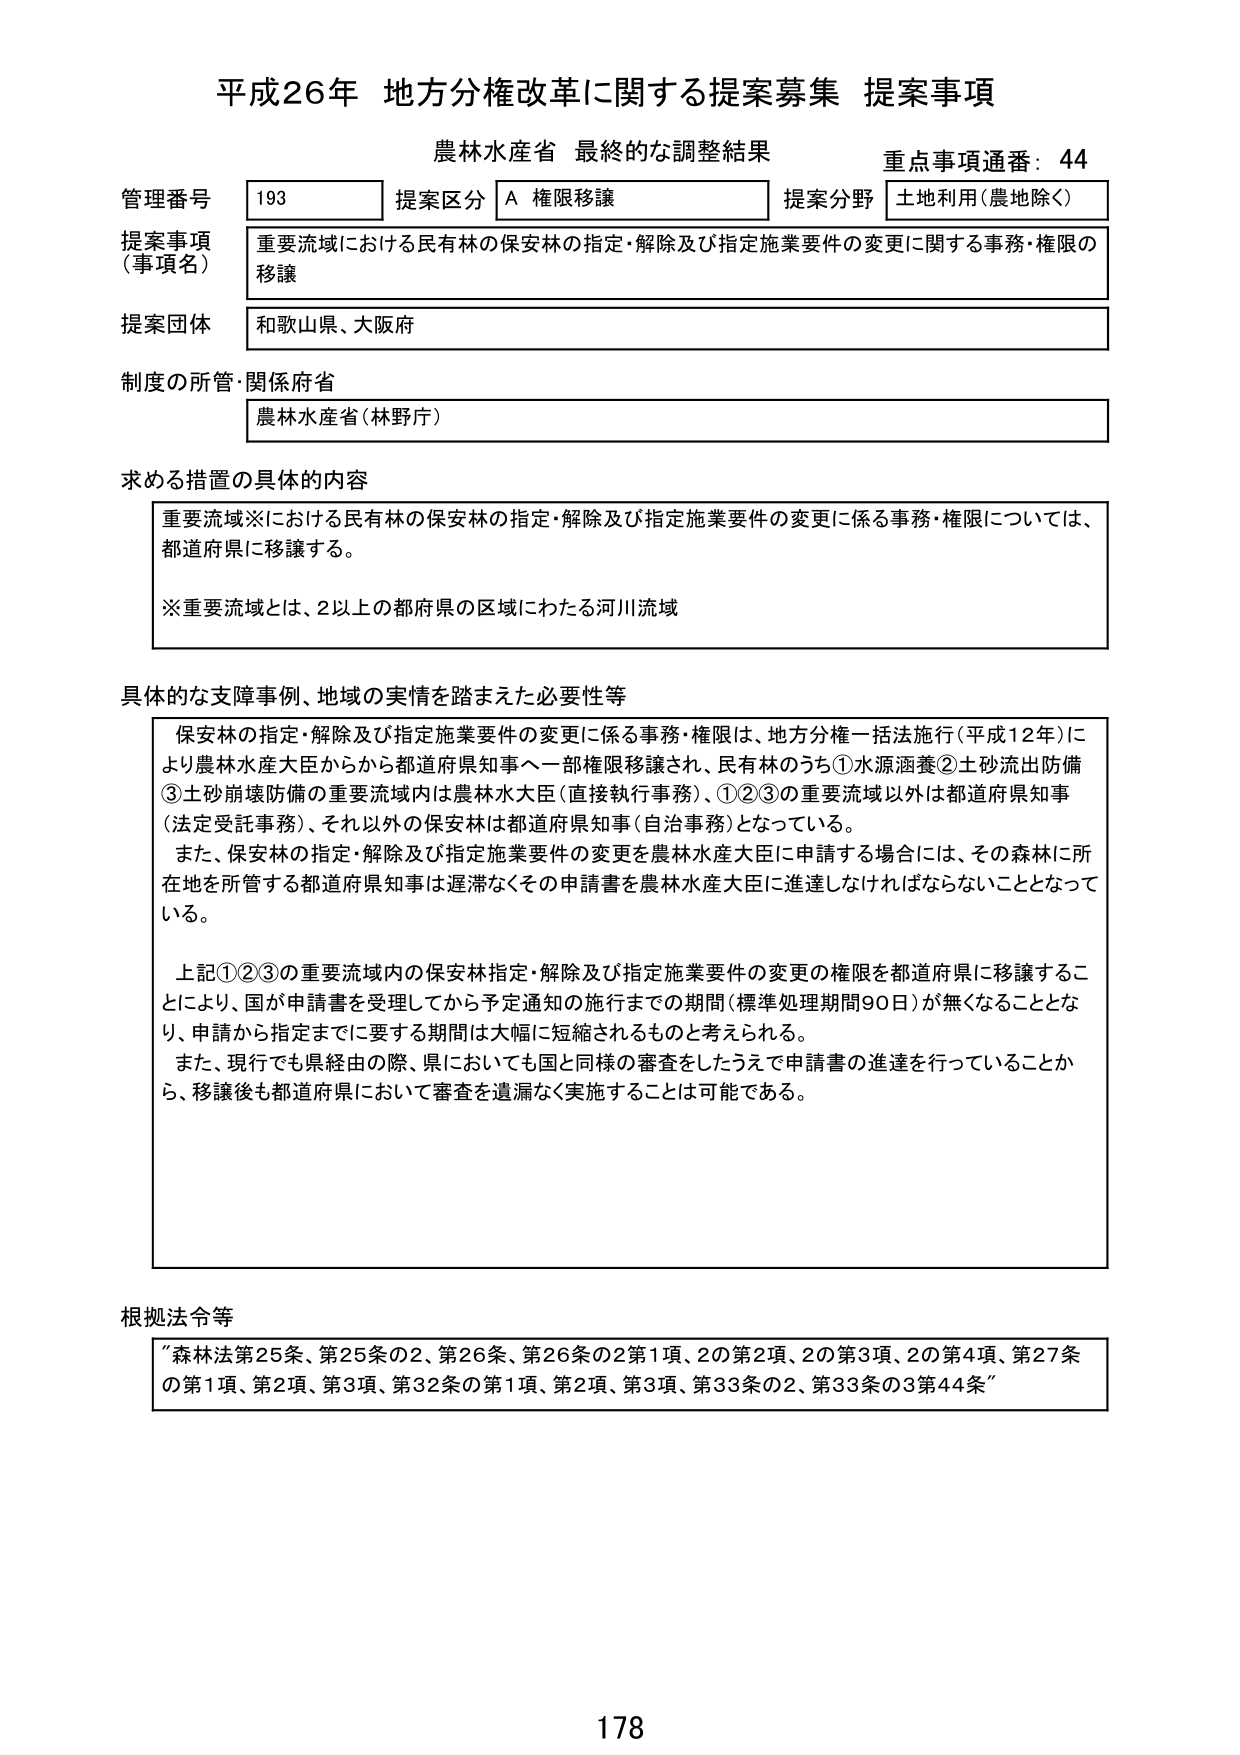
平成26年 地方分権改革に関する提案募集 提案事項
農林水産省 最終的な調整結果
重点事項通番：44

管理番号 193 提案区分 A 権限移譲 提案分野 土地利用（農地除く）
提案事項（事項名） 重要流域における民有林の保安林の指定・解除及び指定施業要件の変更に関する事務・権限の移譲
提案団体 和歌山県、大阪府
制度の所管・関係府省 農林水産省（林野庁）

求める措置の具体的内容
重要流域※における民有林の保安林の指定・解除及び指定施業要件の変更に係る事務・権限については、都道府県に移譲する。
※重要流域とは、2以上の都府県の区域にわたる河川流域

具体的な支障事例、地域の実情を踏まえた必要性等
保安林の指定・解除及び指定施業要件の変更に係る事務・権限は、地方分権一括法施行（平成12年）により農林水産大臣から都道府県知事へ一部権限移譲され、民有林のうち①水源涵養②土砂流出防備③土砂崩壊防備の重要流域内は農林水産大臣（直接執行事務）、①②③の重要流域以外は都道府県知事（法定受託事務）、それ以外の保安林は都道府県知事（自治事務）となっている。
また、保安林の指定・解除及び指定施業要件の変更を農林水産大臣に申請する場合には、その森林に所在地を所管する都道府県知事は遅滞なくその申請書を農林水産大臣に進達しなければならないこととなっている。
上記①②③の重要流域内の保安林指定・解除及び指定施業要件の変更の権限を都道府県に移譲することにより、国が申請書を受理してから予定通知の施行までの期間（標準処理期間90日）が無くなることとなり、申請から指定までに要する期間は大幅に短縮されるものと考えられる。
また、現行でも県経由の際、県においても国と同様の審査をしたうえで申請書の進達を行っていることから、移譲後も都道府県において審査を遺漏なく実施することは可能である。

根拠法令等
「森林法第25条、第25条の2、第26条、第26条の2第1項、2の第2項、2の第3項、2の第4項、第27条の第1項、第2項、第3項、第32条の第1項、第2項、第3項、第33条の2、第33条の3第44条」

178